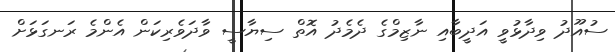
ސުއޫދު ވިދާޅުވީ އަދީބާއި ނާޒިމްގެ ދެމެދު އޮތް ސިޔާސީ ވާދަވެރިކަން އެންމެ ރަނގަޅަށް